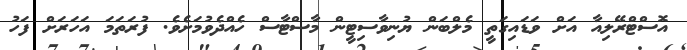
އޮސްޓްރޭލިއާ އަށް ވަޑައިގަތީ މެލްބަން ޔުނިވާސިޓީން މާސްޓާސް ހެއްދެވުމަށެވެ. ފުރަތަމަ އަހަރަށް ފަހު